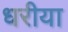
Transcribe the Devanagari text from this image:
धरीया